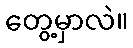
တွေ့မှာလဲ။